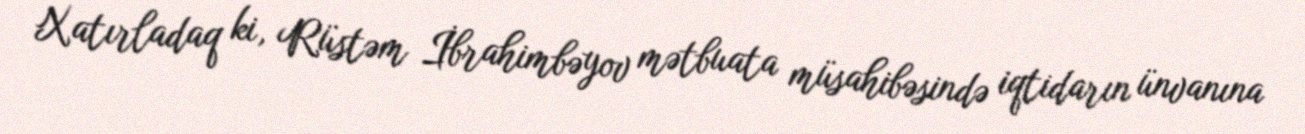
Xatırladaq ki, Rüstəm İbrahimbəyov mətbuata müsahibəsində iqtidarın ünvanına